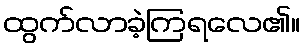
ထွက်လာခဲ့ကြရလေ၏။